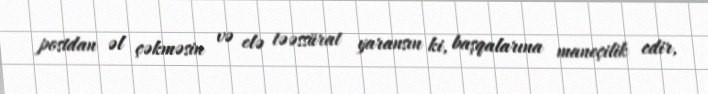
postdan əl çəkməsin və elə təəssürat yaransın ki, başqalarına maneçilik edir,